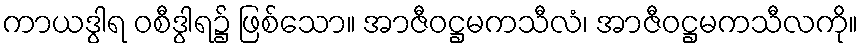
ကာယဒွါရ ဝစီဒွါရ၌ ဖြစ်သော။ အာဇီဝဋ္ဌမကသီလံ၊ အာဇီဝဋ္ဌမကသီလကို။